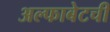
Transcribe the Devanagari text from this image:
अल्फाबेटची